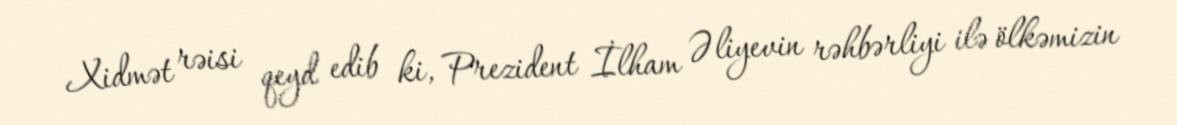
Xidmət rəisi qeyd edib ki, Prezident İlham Əliyevin rəhbərliyi ilə ölkəmizin